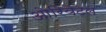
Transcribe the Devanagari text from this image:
ओरियेंटेल